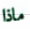
ماذا